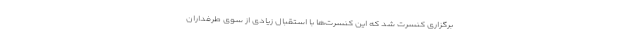
برگزاری کنسرت شد که این کنسرت‌ها با استقبال زیادی از سوی طرفداران